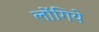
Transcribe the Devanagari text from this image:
लोंगिये